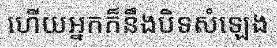
ហើយអ្នកក៏នឹងបិទសំឡេង